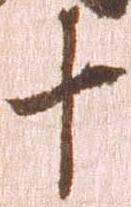
十